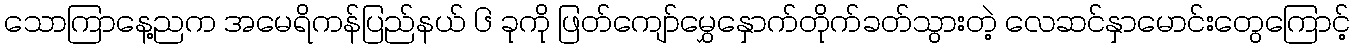
သောကြာနေ့ညက အမေရိကန်ပြည်နယ် ၆ ခုကို ဖြတ်ကျော်မွှေနှောက်တိုက်ခတ်သွားတဲ့ လေဆင်နှာမောင်းတွေကြောင့်